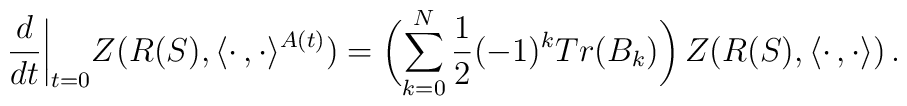
\frac{d}{dt}\biggl|_{t=0}Z(R(S),\langle\cdot\,,\cdot\rangle^{A(t)})=\biggl(\sum_{k=0}^N\frac{1}{2}(-1)^kTr(B_k)\biggr)\,Z(R(S),\langle\cdot\,,\cdot\rangle)\,.